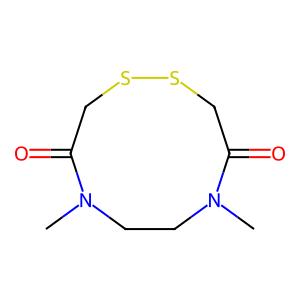
SMILES: CN1CCN(C)C(=O)CSSCC1=O
Inhibits HIV replication: No